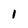
Character: 1